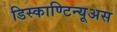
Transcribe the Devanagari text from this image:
डिस्काण्टिन्यूअस